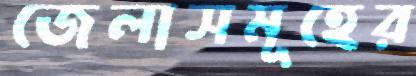
জেলাসমূহের